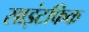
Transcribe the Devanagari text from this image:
साइंटफिक